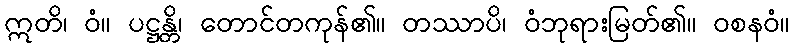
ဣတိ၊ ဝံ။ ပဋ္ဌန္တိ၊ တောင်တကုန်၏။ တဿာပိ၊ ဝံဘုရားမြတ်၏။ ဝစနဝံ။